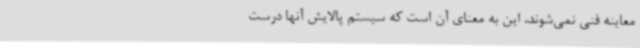
معاینه فنی نمی‌شوند، این به معنای آن است که سیستم پالایش آنها درست